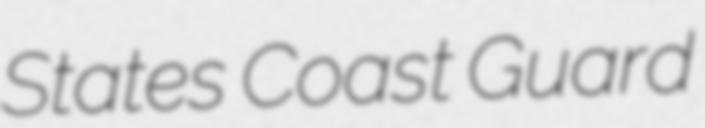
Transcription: States Coast Guard